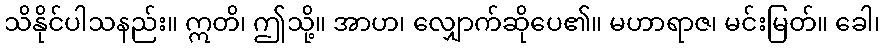
သိနိုင်ပါသနည်း။ ဣတိ၊ ဤသို့။ အာဟ၊ လျှောက်ဆိုပေ၏။ မဟာရာဇ၊ မင်းမြတ်။ ခေါ၊